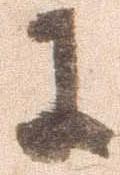
に